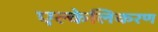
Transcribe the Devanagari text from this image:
एल्केलिकरण